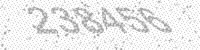
Solution: 238456